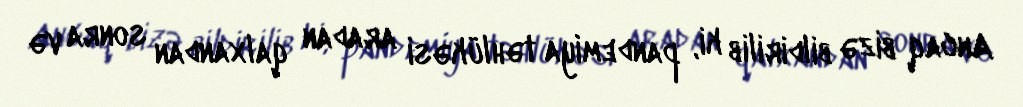
Ancaq bizə bildirilib ki, pandemiya təhlükəsi aradan qalxandan sonra və